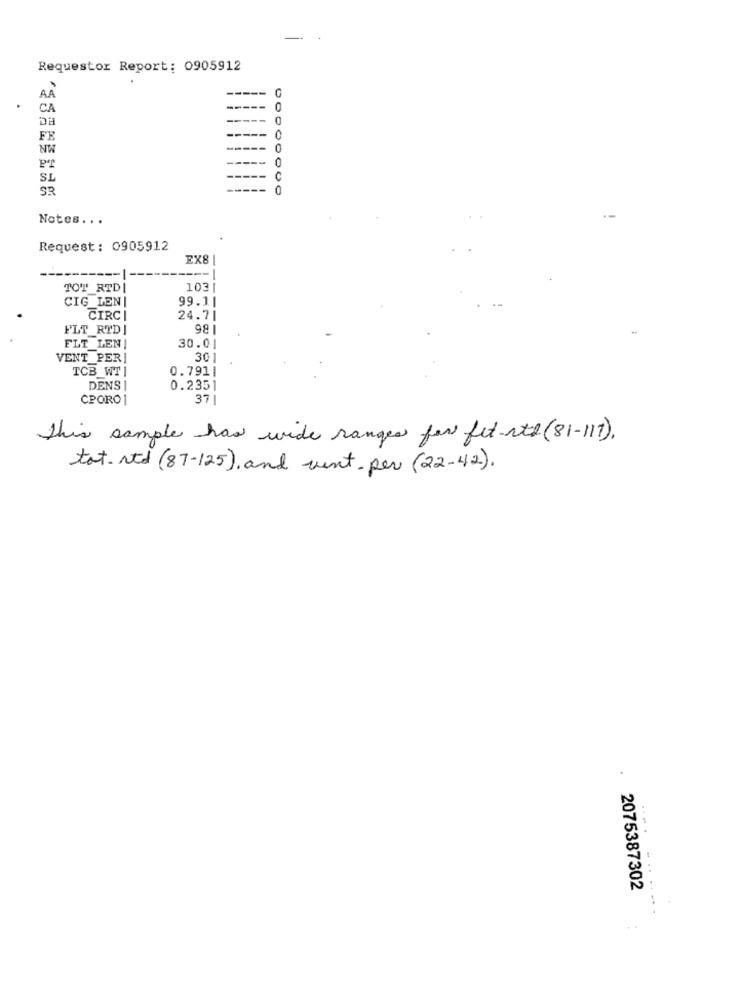
Requestor Report: 0905912
CA
DH
-
FE
0
NW
O
SL
SR
---
Notes. ..
Request: 0905912
EX8 1
TOT RTDI
103
CIG LEN |
99.11
CIRCI
24.71
FLT_RTDJ
FLT LEN !
30.0
VENT PER!
30
TCB_WT |
0.791|
DENS |
0.2351
CPORO1
371
this sample has wide ranges for fit-ste (81-117).
tot. ltd (87-125), and went- per (22-42).
.
...
2075387302